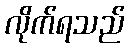
လိုက်ရသည်